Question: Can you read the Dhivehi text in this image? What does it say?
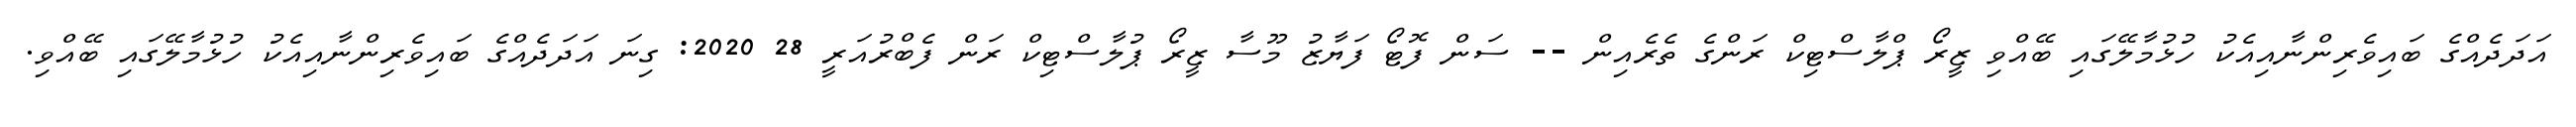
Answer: އަދަދެއްގެ ބައިވެރިންނާއިއެކު ހުޅުމާލޭގައި ބޭއްވި ޒީރޯ ޕްލާސްޓިކް ރަންގެ ތެރެއިން -- ސަން ފޮޓޯ ފަޔާޒު މޫސާ ޒީރޯ ޕުލާސްޓިކް ރަން ފެބްރުއަރީ 28 2020: ގިނަ އަދަދެއްގެ ބައިވެރިންނާއިއެކު ހުޅުމާލޭގައި ބޭއްވި.